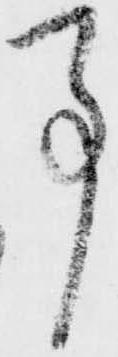
事